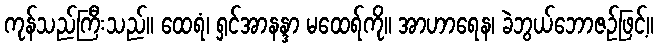
ကုန်သည်ကြီးသည်။ ထေရံ၊ ရှင်အာနန္ဒာ မထေရ်ကို။ အာဟာရေန၊ ခဲဘွယ်ဘောဇဉ်ဖြင့်။